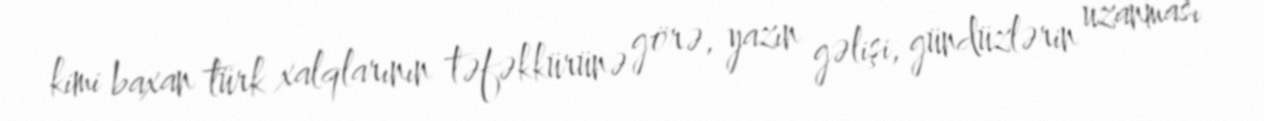
kimi baxan türk xalqlarının təfəkkürünə görə, yazın gəlişi, gündüzlərin uzanması